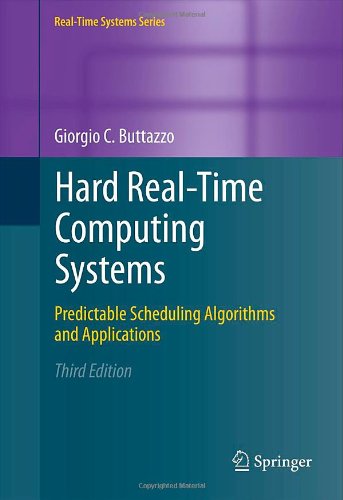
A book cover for Hard Real-Time Computing Systems: Predictable Scheduling Algorithms and Applications (Real-Time Systems Series); Giorgio Buttazzo; Computers & Technology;